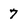
Character: 7